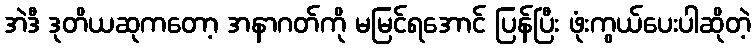
အဲဒီ ဒုတိယဆုကတော့ အနာဂတ်ကို မမြင်ရအောင် ပြန်ပြီး ဖုံးကွယ်ပေးပါဆိုတဲ့